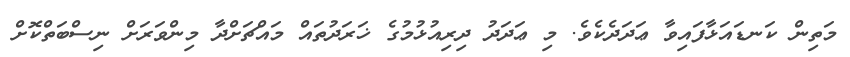
މަތިން ކަނޑައަޅާފައިވާ ޢަދަދެކެވެ. މި ޢަދަދު ދިރިއުޅުމުގެ ޚަރަދުތައް މައްޗަށްދާ މިންވަރަށް ނިސްބަތްކޮށް